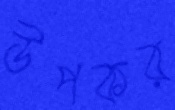
উপকর